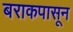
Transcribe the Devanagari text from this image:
बराकपासून